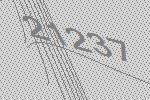
21237